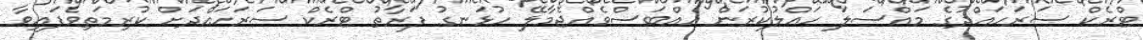
ޓްރެކް ސަރަހައްދުގެ މައްސަލަ ހައްލުކުރަން އެއްބަސްވެއްޖެމާލޭ ހުޅަނގު ފަރާތު ޓްރެކް ސަރަހައްދަށް ކުރިމަތިވެފައިވާ